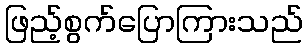
ဖြည့်စွက်ပြောကြားသည်